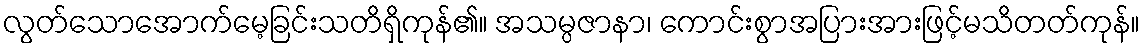
လွတ်သောအောက်မေ့ခြင်းသတိရှိကုန်၏။ အသမ္ပဇာနာ၊ ကောင်းစွာအပြားအားဖြင့်မသိတတ်ကုန်။